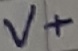
Text: V+